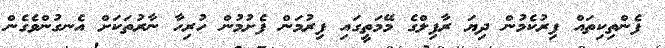
ފެންތިކިތައް ފިރުކެމުން ދިޔަ ރާފިލްގެ މޭމަތީގައި ފިރުމަން ފެށުމުން ހުރިހާ ނާރުތަކަށް އެނގުންވެގެން